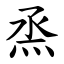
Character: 烝